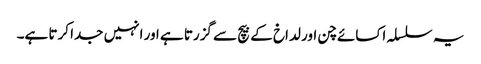
یہ سلسلہ اکسائے چن اور لداخ کے بیچ سے گزرتا ہے اور انہیں جدا کرتا ہے۔